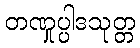
တဏှုပ္ပါဒသုတ္တ